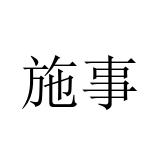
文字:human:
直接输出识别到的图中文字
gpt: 施事